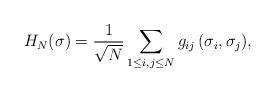
LaTeX: \begin{align*}H_N(\sigma) = \frac{1}{\sqrt{N}} \sum_{1\leq i,j\leq N} g_{ij}\, (\sigma_i,\sigma_j),\end{align*}